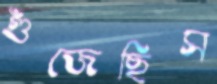
গুঁজেছিস